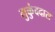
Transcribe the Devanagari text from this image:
मुकुंददास